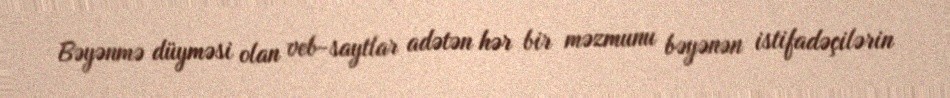
Bəyənmə düyməsi olan veb-saytlar adətən hər bir məzmunu bəyənən istifadəçilərin